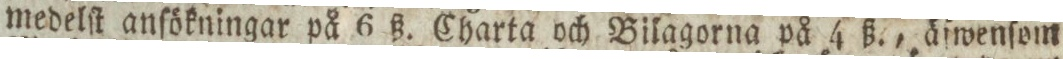
medelſt anſökningar på 6 ß. Charta och Bilagorna på 4 ß., äfwenſom